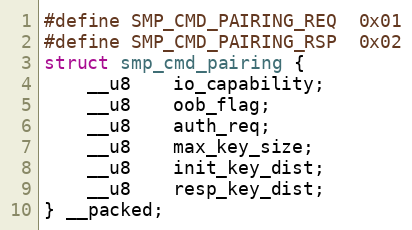
Language: C
#define SMP_CMD_PAIRING_REQ	0x01
#define SMP_CMD_PAIRING_RSP	0x02
struct smp_cmd_pairing {
	__u8	io_capability;
	__u8	oob_flag;
	__u8	auth_req;
	__u8	max_key_size;
	__u8	init_key_dist;
	__u8	resp_key_dist;
} __packed;